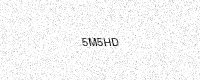
Text: 5M5HD